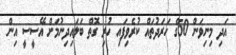
އަދި މިނިވަން 50ގެ ހަރަދުތައް ކުރެވިފައި ހުރި ގޮތް ބަލައިދިނުމަށް އޭސީސީ އިން